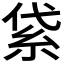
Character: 𥿝